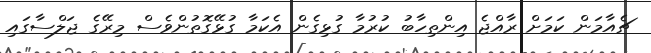
ޗެއާމަން ކަމަށް ރާއްޖެ އިންތިހާބު ކުރުމާ ގުޅިގެން އެކަމާ ގުޅޭގޮތުންވެސް މިރޭގެ ޖަލްސާގައި